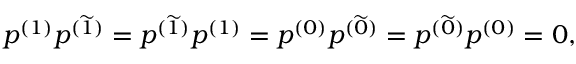
p ^ { ( 1 ) } p ^ { ( \widetilde { 1 } ) } = p ^ { ( \widetilde { 1 } ) } p ^ { ( 1 ) } = p ^ { ( 0 ) } p ^ { ( \widetilde { 0 } ) } = p ^ { ( \widetilde { 0 } ) } p ^ { ( 0 ) } = 0 ,